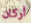
أركان